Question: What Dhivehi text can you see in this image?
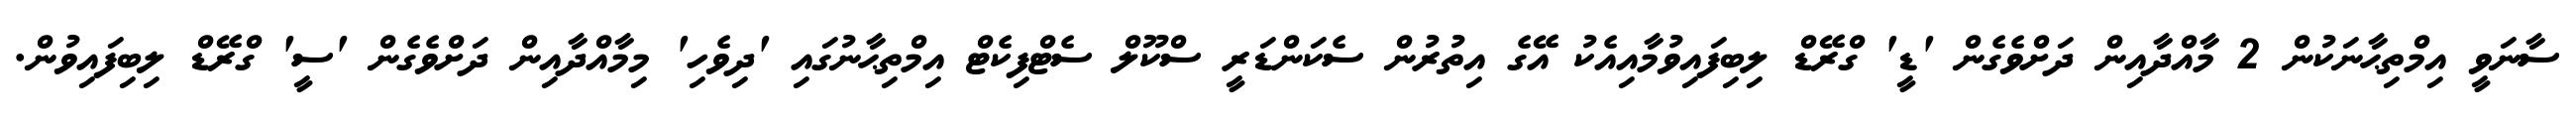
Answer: ސާނަވީ އިމްތިޙާނަކުން 2 މާއްދާއިން ދަށްވެގެން 'ޑީ' ގްރޭޑް ލިބިފައިވުމާއިއެކު އޭގެ އިތުރުން ސެކަންޑަރީ ސްކޫލް ސެޓްފިކެޓް އިމްތިޙާނުގައި 'ދިވެހި' މިމާއްދާއިން ދަށްވެގެން 'ސީ' ގްރޭޑް ލިބިފައިވުން.